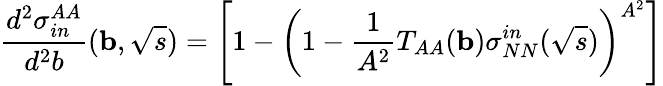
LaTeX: \frac{d^{2}\sigma_{in}^{AA}}{d^{2}b}({\mathbf b},\sqrt{s})=\left[1-\left(1-\frac{1}{A^{2}}T_{AA}({\mathbf b})\sigma_{NN}^{in}(\sqrt{s})\right)^{A^{2}}\right]